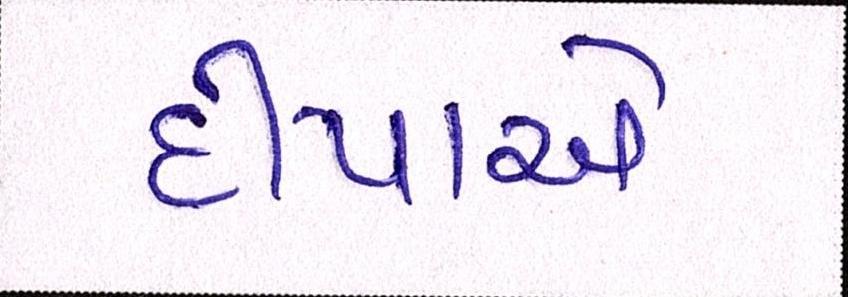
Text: દીપાએ